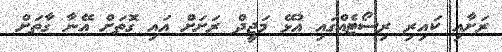
ރަށާއި ކައިރި ރިސޯޓެއްގައި އުޅޭ މަޖީދް ރަށަށް އައި ގޮތަށް އޭނާ ގާތަށް